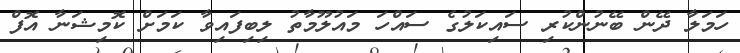
ހަމަލާ ދޭން ބޭނުންކުރި ސައިކަލުގެ ސައްހަ މައުލޫމާތު ލިބިފައިވާ ކަމަށް ކޮމިޝަނާ އޮފް